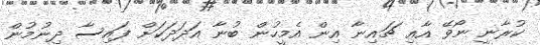
ކުރާނީ ނޯވޭ އާއި ޗައިނާ އިން އެމީހުން ބުނާ އަދަދަކަށް ފައިސާ ދިނުމުން